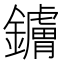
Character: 𬬚